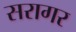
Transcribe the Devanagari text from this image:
सरागर